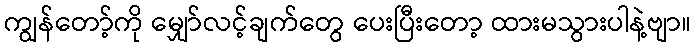
ကျွန်တော့်ကို မျှော်လင့်ချက်တွေ ပေးပြီးတော့ ထားမသွားပါနဲ့ဗျာ။